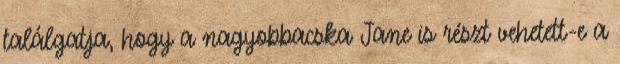
találgatja, hogy a nagyobbacska Jane is részt vehetett-e a